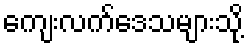
ကျေးလက်ဒေသများသို့